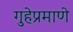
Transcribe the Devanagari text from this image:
गुहेप्रमाणे